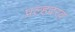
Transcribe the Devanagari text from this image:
प्रल्हदरव